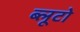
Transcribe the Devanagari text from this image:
ब्लूटो